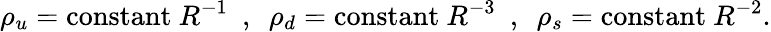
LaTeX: \rho_{u}=\mathrm{constant~}R^{-1}~~,~~\rho_{d}=\mathrm{constant~}R^{-3}~~,~~\rho_{s}=\mathrm{constant~}R^{-2}.